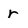
Character: r